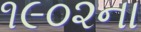
૧૯૦૨ના